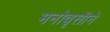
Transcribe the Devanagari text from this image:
मनोवृत्तीने